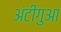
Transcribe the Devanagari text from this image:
अंटीगुआ